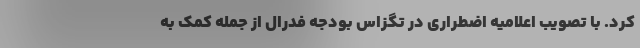
کرد. با تصویب اعلامیه اضطراری در تگزاس بودجه فدرال از جمله کمک به